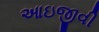
આઇજીવી